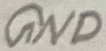
Text: GND